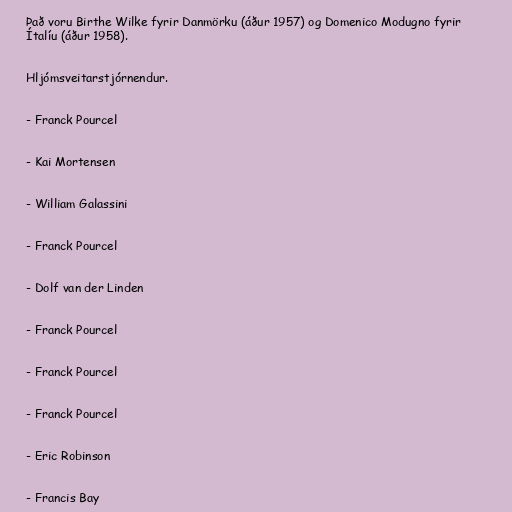
Það voru Birthe Wilke fyrir Danmörku (áður 1957) og Domenico Modugno fyrir
Ítalíu (áður 1958).

Hljómsveitarstjórnendur.

- Franck Pourcel

- Kai Mortensen

- William Galassini

- Franck Pourcel

- Dolf van der Linden

- Franck Pourcel

- Franck Pourcel

- Franck Pourcel

- Eric Robinson

- Francis Bay